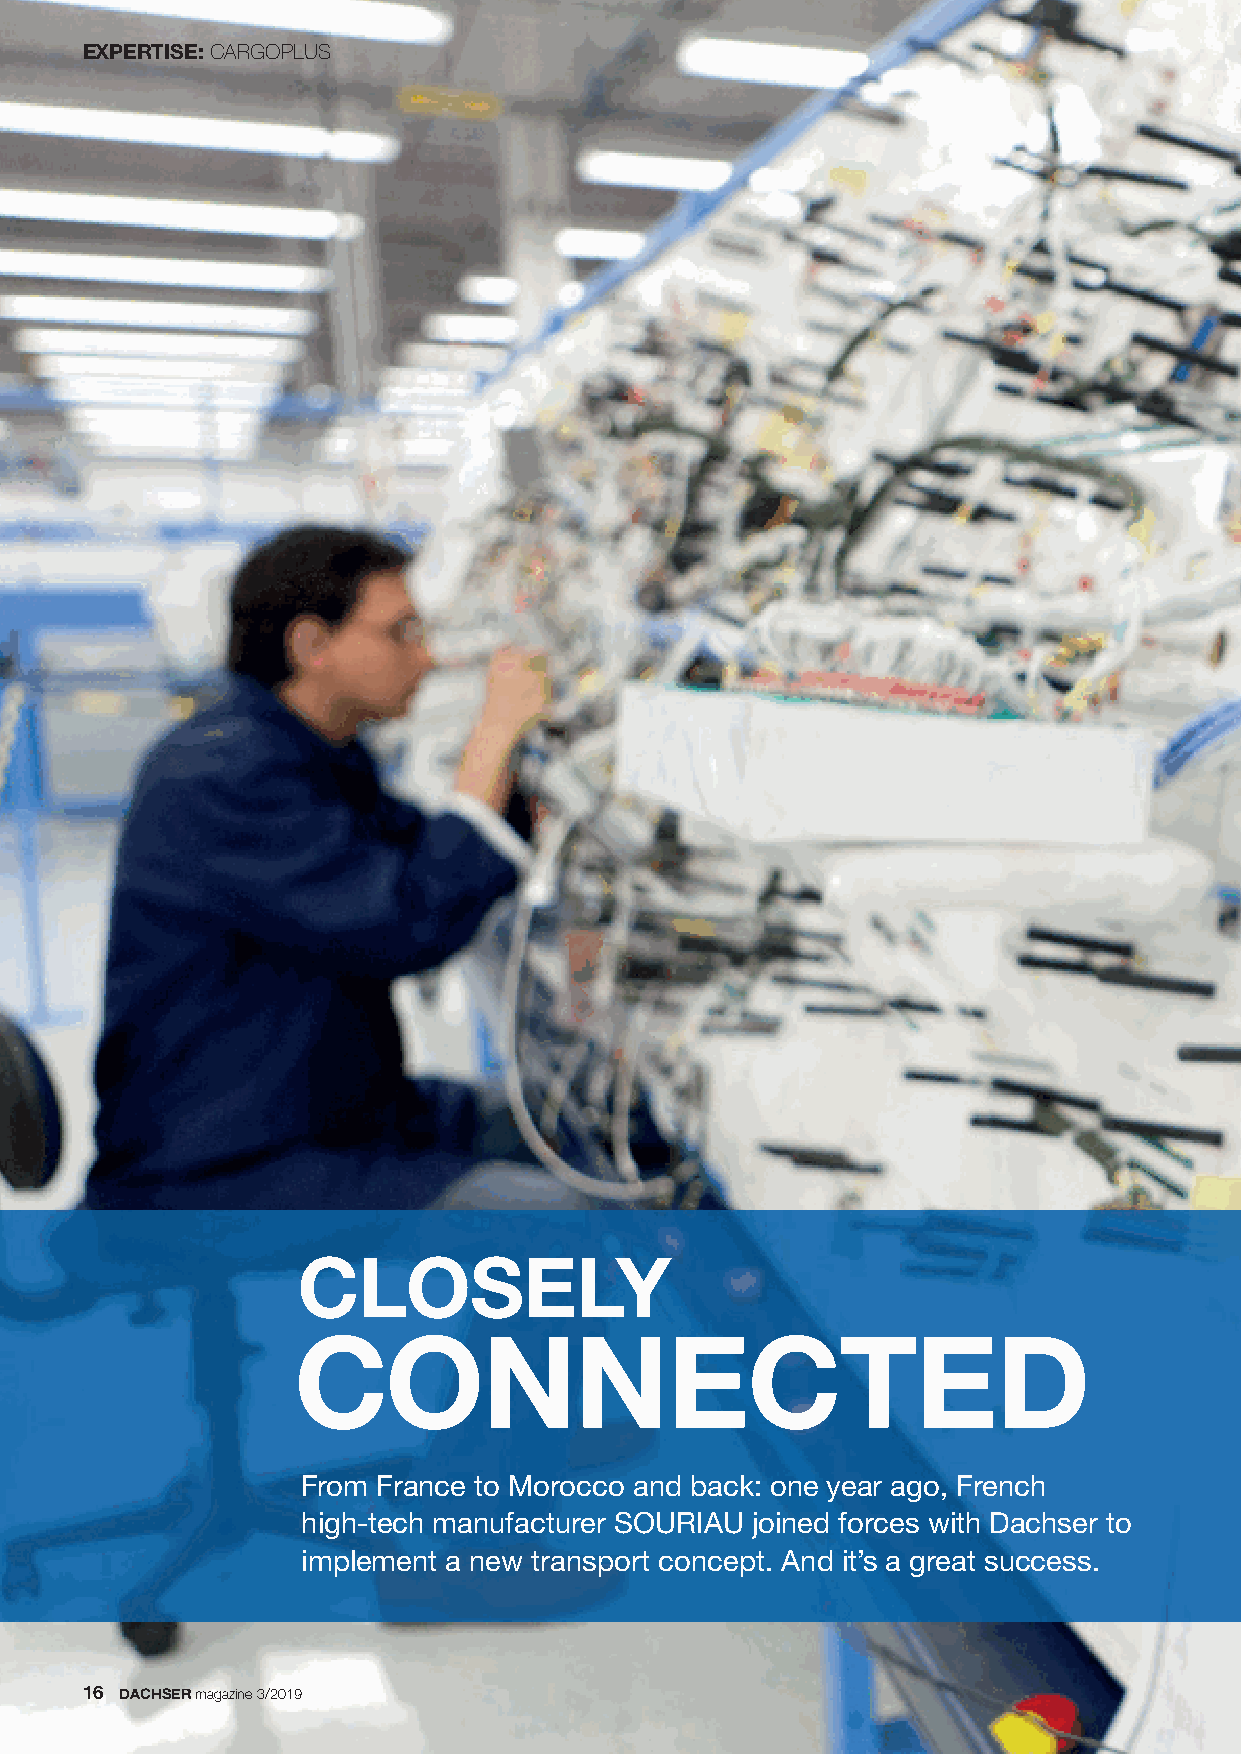
EXPERTISE:CARGOPLUS
 CLOSELY
 CONNECTED
 From France to Morocco and back: one year ago, French
 high-tech manufacturer SOURIAU joined forces with Dachser to
 implement a new transport concept. And it’s a great success.
 16 DACHSERmagazine 3/2019